Vaccine operations Central Provinces & Berar 1922-1929 - 1922-1929
Year: 1922
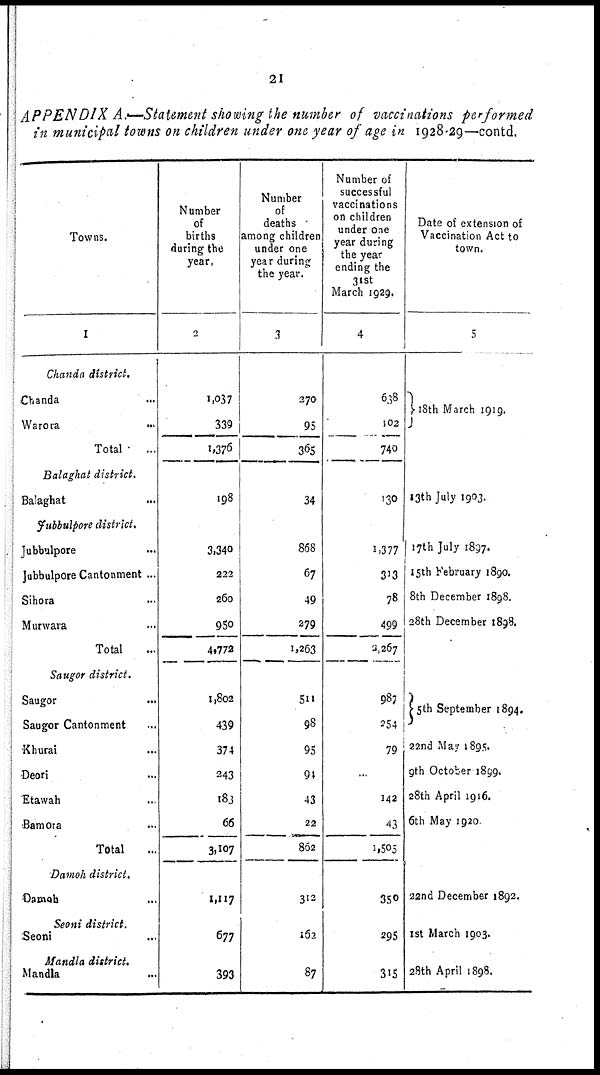
21
APPENDIX A.—Statement showing the number of vaccinations performed
in municipal towns on children under one year of age in 1928-29—contd.
Towns.
1
Chanda district.
Chanda ...
Warora
...
Total
...
Balaghat district.
Balaghat ...
Jubbulpore district.
Jubbulpore ...
Jubbulpore Cantonment ...
Sihora ...
Murwara ...
Total ...
Saugor district.
Saugor
...
Saugor Cantonment ...
Khurai ...
Deori ...
Etawah ...
Bamora ...
Total ...
Damoh district.
Damoh ...
Seoni district.
Seoni
...
Mandla district.
Mandla ...
Number
of
births
during the
year.
2
1,037
339
1,376
198
3,340
222
260
950
4,772
1,802
439
374
243
183
66
3,107
1,117
677
393
Number
of
deaths
among children
under one
year during
the year.
3
270
95
365
34
868
67
49
279
1,263
511
98
95
94
43
22
862
312
162
87
Number of
successful
vaccinations
on children
under one
year during
the year
ending the
31st
March 1929.
4
638
102
740
130
1,377
313
78
499
2,267
987
254
79
...
142
43
1,505
350
295
315
Date of extension of
Vaccination Act to
town.
5
18th March 1919.
13th July 1903.
17th July 1897.
15th February 1890.
8th December 1898.
28th December 1898.
5th September 1894.
22nd May 1895.
9th October 1899.
28th April 1916.
6th May 1920
22nd December 1892.
1st March 1903.
28th April 1898.